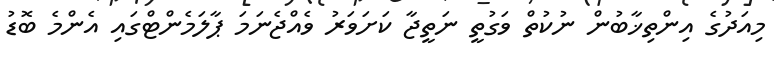
މިއަދުގެ އިންތިޚާބުން ނުކުތް ވަގުތީ ނަތީޖާ ކަށަވަރު ވެއްޖެނަމަ ޕާލަމެންޓްގައި އެންމެ ބޮޑު